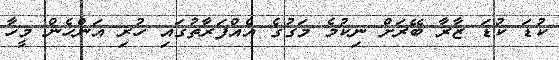
ކުޑަ ކުޑަ ޒާރާ ބޭރަށް ނިކުމެ މަގުގެ އެއްފަރާތުގައި ހުރި އަންހެން މީހާ